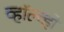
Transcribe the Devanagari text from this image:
व्हॉल्व्हो